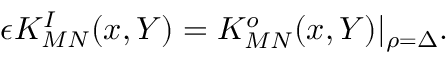
\epsilon K _ { M N } ^ { I } ( x , Y ) = K _ { M N } ^ { o } ( x , Y ) \vert _ { \rho = \Delta } .